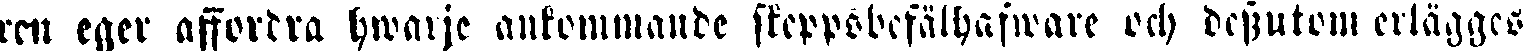
ren eger affordra hwarje ankommande skeppsbefälhafware och dessutom erlägges